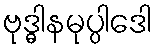
ဗုဒ္ဓါနမုပ္ပါဒေါ